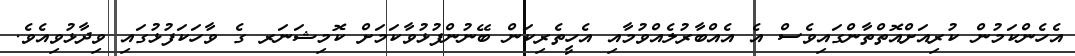
އެހެންކަމުން ކުރިއަށްއޮތްތާންގައިވެސް އެ އެއްބާރުލެއްވުމާއި އެހީތެރިކަން ބޭނުންފުޅުވާކަމަށް ކޮމިޝަނަރ ގެ ވާހަކަފުޅުގައި ވިދާޅުވިއެވެ.